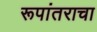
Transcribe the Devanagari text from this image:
रूपांतराचा